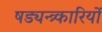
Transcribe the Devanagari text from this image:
षड्यन्त्र्कारियों